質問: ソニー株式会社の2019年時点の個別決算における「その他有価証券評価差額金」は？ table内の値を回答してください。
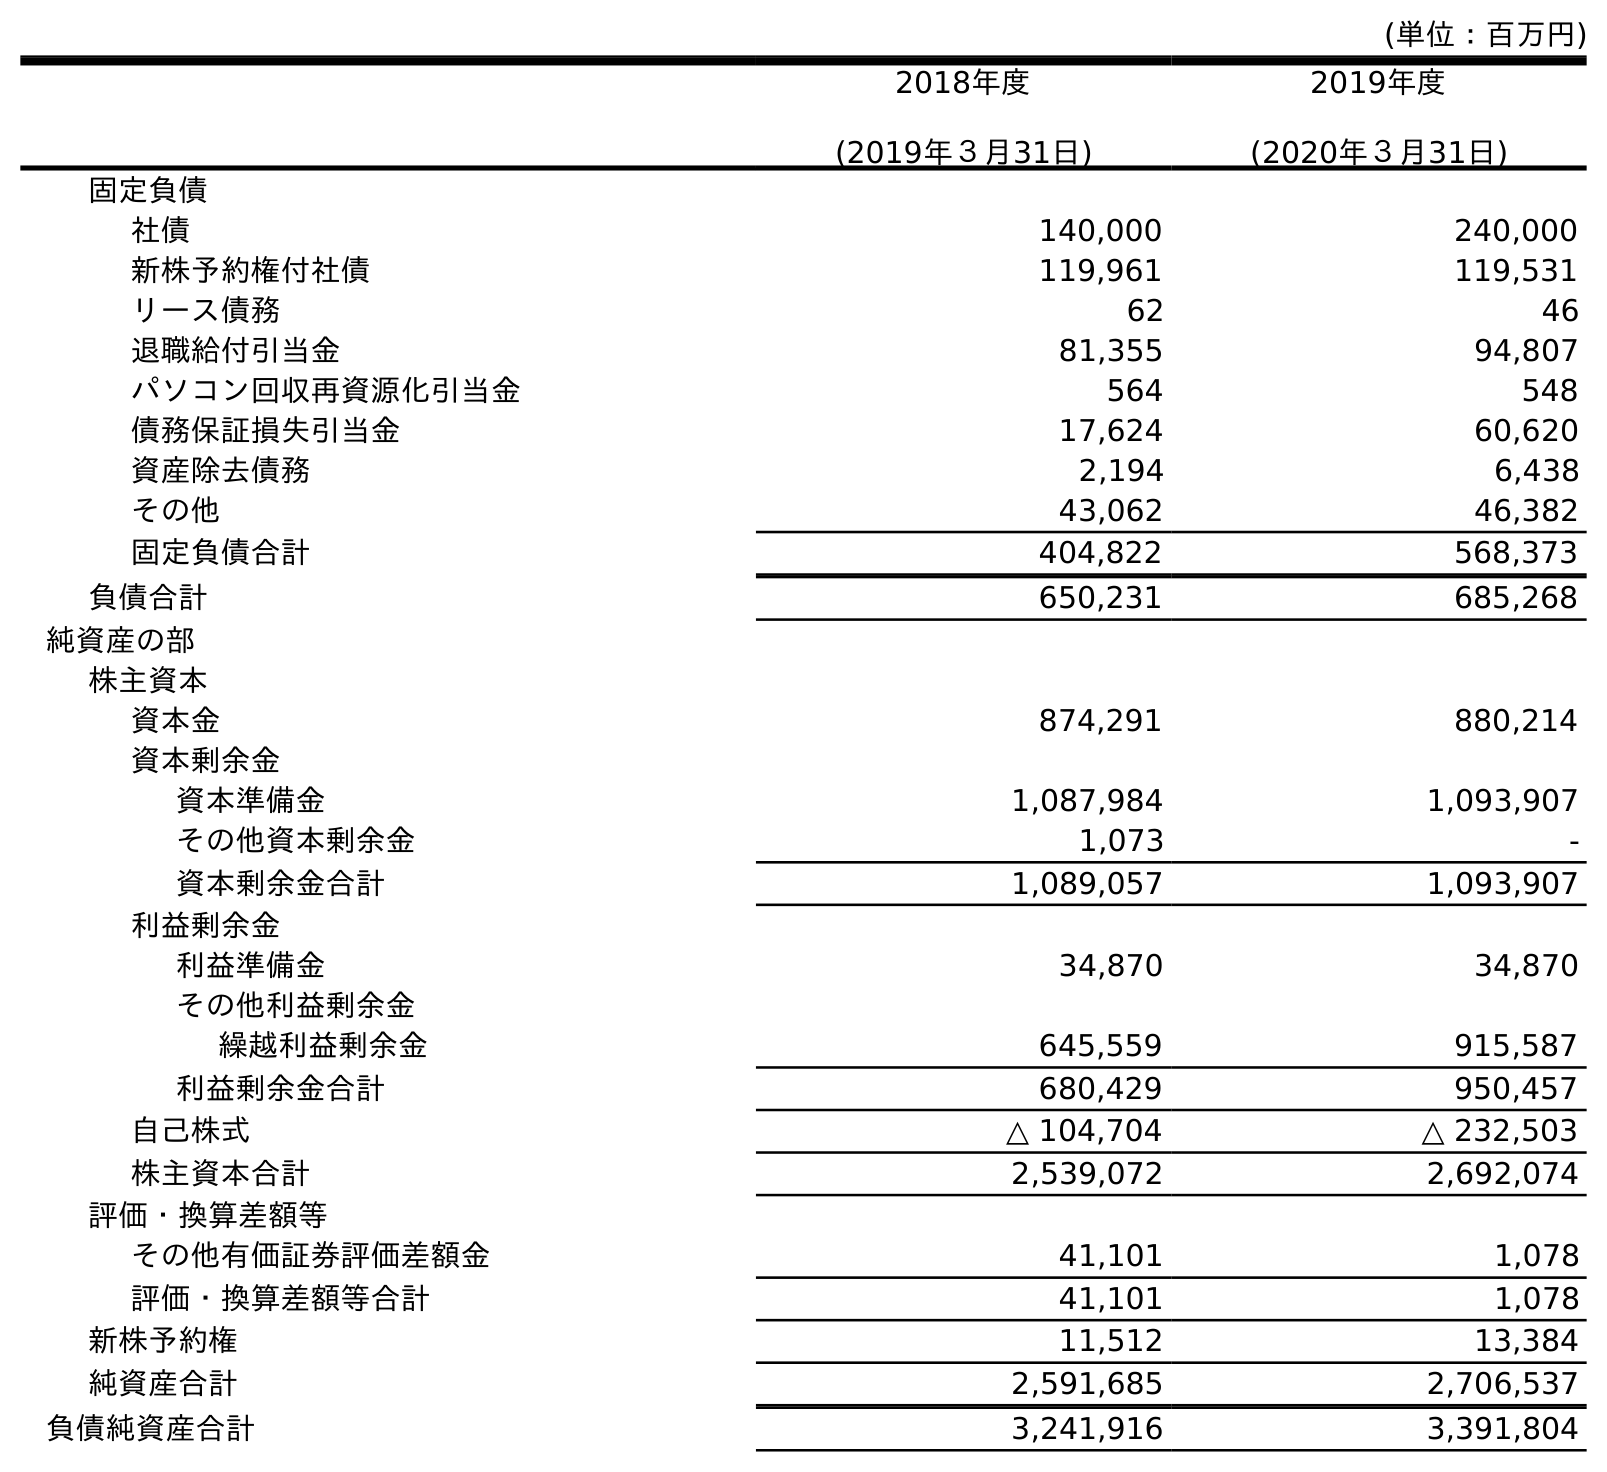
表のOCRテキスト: (単位：百万円) 2018年度 (2019年３月31日) 2019年度 (2020年３月31日) 固定負債 社債 140,000 240,000 新株予約権付社債 119,961 119,531 リース債務 62 46 退職給付引当金 81,355 94,807 パソコン回収再資源化引当金 564 548 債務保証損失引当金 17,624 60,620 資産除去債務 2,194 6,438 その他 43,062 46,382 固定負債合計 404,822 568,373 負債合計 650,231 685,268 純資産の部 株主資本 資本金 874,291 880,214 資本剰余金 資本準備金 1,087,984 1,093,907 その他資本剰余金 1,073 - 資本剰余金合計 1,089,057 1,093,907 利益剰余金 利益準備金 34,870 34,870 その他利益剰余金 繰越利益剰余金 645,559 915,587 利益剰余金合計 680,429 950,457 自己株式 △ 104,704 △ 232,503 株主資本合計 2,539,072 2,692,074 評価・換算差額等 その他有価証券評価差額金 41,101 1,078 評価・換算差額等合計 41,101 1,078 新株予約権 11,512 13,384 純資産合計 2,591,685 2,706,537 負債純資産合計 3,241,916 3,391,804
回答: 41,101